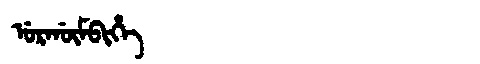
Manchu: ᡠᡵᡤᡡᠮᠪᡳᡥᡝ
Romanization: URGŪMBIHE